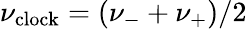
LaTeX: \nu_{\mathrm{clock}}=\left(\nu_{-}+\nu_{+}\right)/2